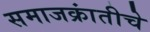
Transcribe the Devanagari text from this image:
समाजक्रांतीचे